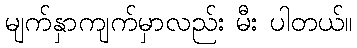
မျက်နှာကျက်မှာလည်း မီး ပါတယ်။